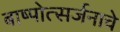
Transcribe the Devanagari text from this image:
बाष्पोत्सर्जनाचे